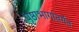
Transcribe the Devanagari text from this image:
पृष्ठाभागांतर्गत